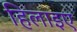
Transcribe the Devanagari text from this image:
हिलाइए